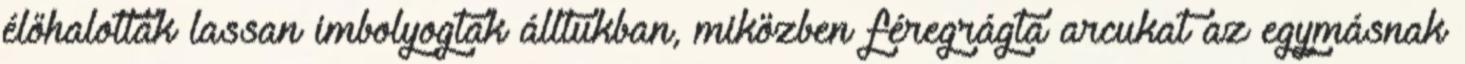
élőhalottak lassan imbolyogtak álltukban, miközben féregrágta arcukat az egymásnak